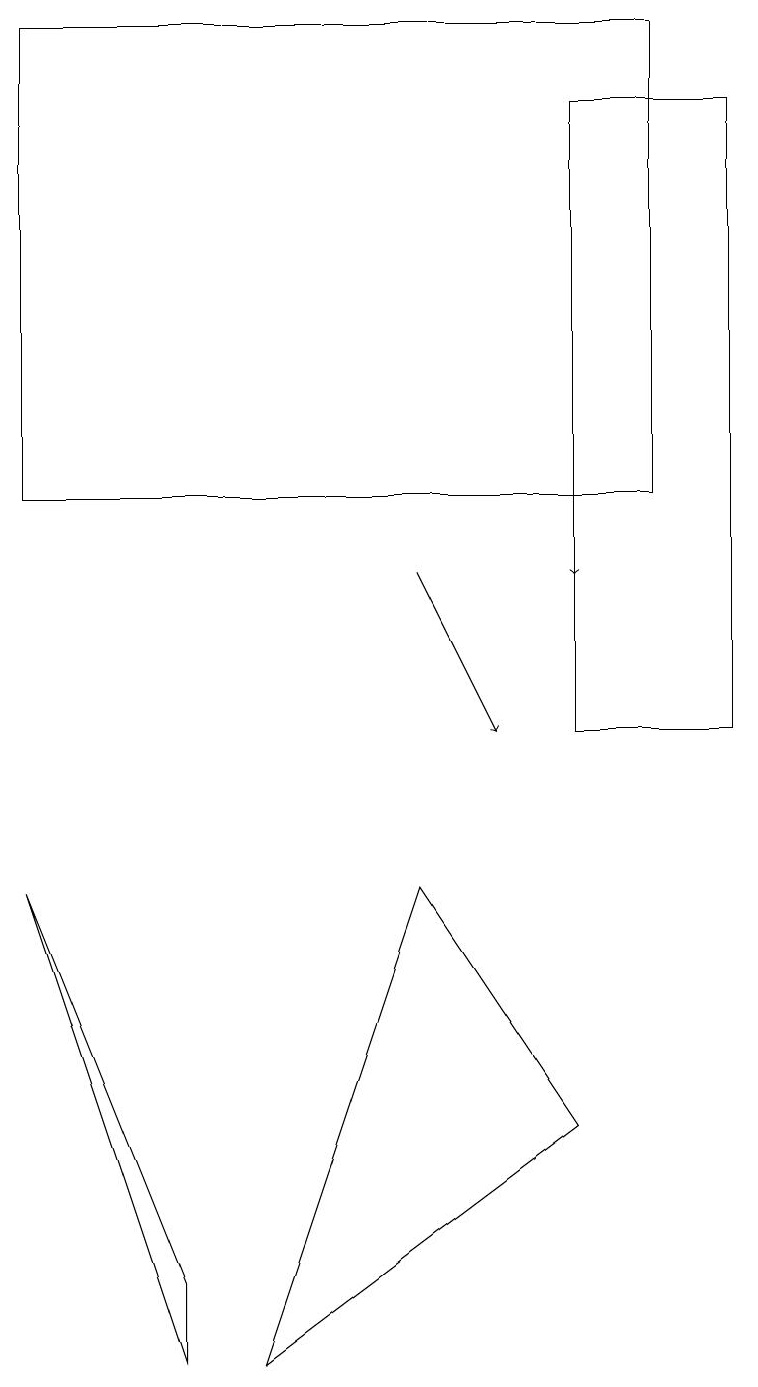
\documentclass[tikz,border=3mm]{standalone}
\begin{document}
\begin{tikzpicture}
\draw (0,19) rectangle (8,13);
\draw (5,8) -- (3,2) -- (7,5) -- cycle;
\draw (5,19) rectangle (1,19);
\draw[->] (5,12) -- (6,10);
\draw (2,2) -- (0,8) -- (2,3) -- cycle;
\draw (9,18) rectangle (7,10);
\draw[->] (7,13) -- (7,12);
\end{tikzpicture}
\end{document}